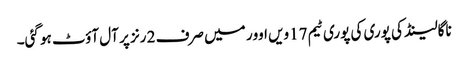
ناگالینڈ کی پوری کی پوری ٹیم 17ویں اوور میں صرف 2 رنز پر آل آؤٹ ہو گئی۔